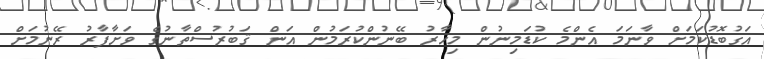
އަގުބޮޑުކަމަށް ވާނަމަ އެންމެ ކުޑަމިނުން މިހާރު ބޭނުންކުރަމުން އަން ޤަބުރުސްތާނުގެ ވަށާފާރު ރޭނުމަށް